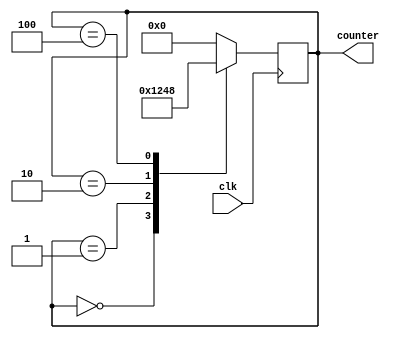
module ring_counter(
  input wire clk,
  output reg [3:0] counter
);

always @(posedge clk) begin
  case(counter)
    4'b0000: counter <= 4'b0001;
    4'b0001: counter <= 4'b0010;
    4'b0010: counter <= 4'b0100;
    4'b0100: counter <= 4'b1000;
    4'b1000: counter <= 4'b0000;
    default: counter <= 4'b0000;
  endcase
end

endmodule